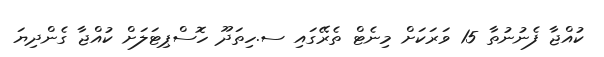
ކުއްޖާ ފެނުނުތާ 15 ވަރަކަށް މިނެޓް ތެރޭގައި ސ.ހިތަދޫ ހޮސްޕިޓަލަށް ކުއްޖާ ގެންދިޔަ